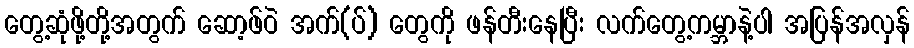
တွေ့ဆုံဖို့တို့အတွက် ဆော့ဖ်ဝဲ အက်(ပ်) တွေကို ဖန်တီးနေပြီး လက်တွေ့ကမ္ဘာနဲ့ပါ အပြန်အလှန်